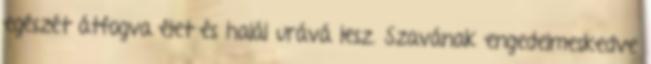
egészét átfogva élet és halál urává lesz. Szavának engedelmeskedve